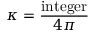
\kappa = { \frac { \mathrm { i n t e g e r } } { 4 \pi } }